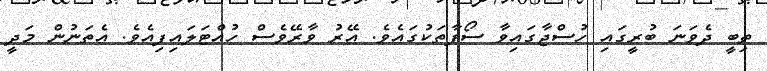
ތިބީ ދެވަނަ ބުރީގައި ހުސްޖާގައިވާ ސޯފާތަކުގައެވެ. އޭރު ވާރޭވެސް ހުއްޓަލައިފިއެވެ. އެތަނުން މަދީ